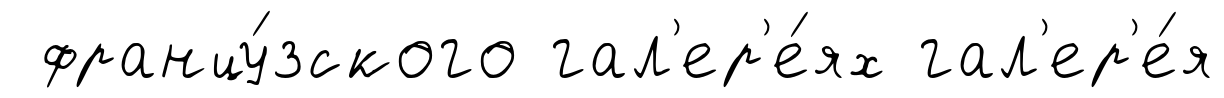
францу́зского гал'ер'е́ях гал'ер'е́я